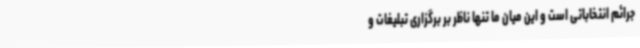
جرائم انتخاباتی است و این میان ما تنها ناظر بر برگزاری تبلیغات و